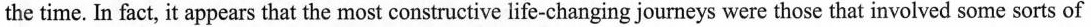
the time. In fact, it appears that the most constructive life-changing journeys were those that involved some sorts of